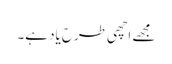
مجھے اچھی طرح یاد ہے۔